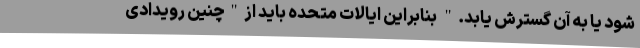
شود یا به آن گسترش یابد." بنابراین ایالات متحده باید از"چنین رویدادی